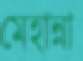
মেহান্না